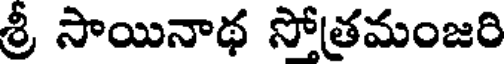
శ్రీ సాయినాథ సోత్రమంజరి